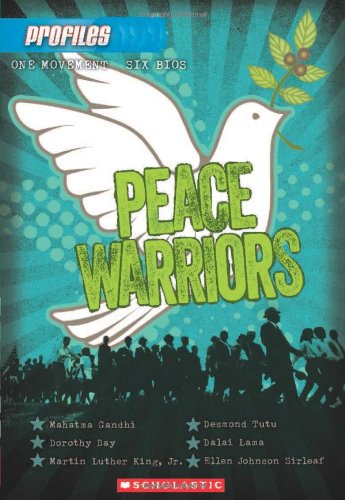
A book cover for Profiles #6: Peace Warriors; Andrea Davis Pinkney; Children's Books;